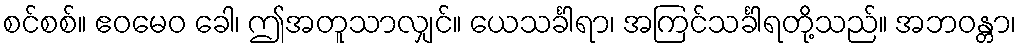
စင်စစ်။ ဧဝမေဝ ခေါ၊ ဤအတူသာလျှင်။ ယေသင်္ခါရာ၊ အကြင်သင်္ခါရတို့သည်။ အဘဝန္တာ၊